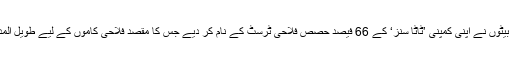
جمشید جی اور ان کے بیٹوں نے اپنی کمپنی ’ٹاٹا سنز‘ کے 66 فیصد حصص فلاحی ٹرسٹ کے نام کر دیے جس کا مقصد فلاحی کاموں کے لیے طویل المدتی منصوبہ بندی تھی۔